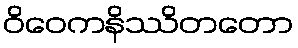
ဝိဝေကနိဿိတတော